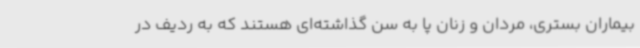
بیماران بستری، مردان و زنان پا به سن گذاشته‌ای هستند که به ردیف در